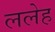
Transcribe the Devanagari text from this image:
ललेह